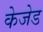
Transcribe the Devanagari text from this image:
केजेड